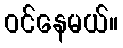
ဝင်နေမယ်။